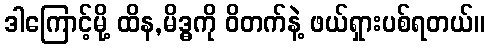
ဒါကြောင့်မို့ ထိန,မိဒ္ဓကို ဝိတက်နဲ့ ဖယ်ရှားပစ်ရတယ်။